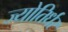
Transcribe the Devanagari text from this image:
ज्योतिर्धर